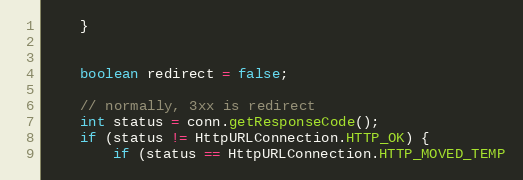
Language: Java
    }

    boolean redirect = false;

    // normally, 3xx is redirect
    int status = conn.getResponseCode();
    if (status != HttpURLConnection.HTTP_OK) {
        if (status == HttpURLConnection.HTTP_MOVED_TEMP